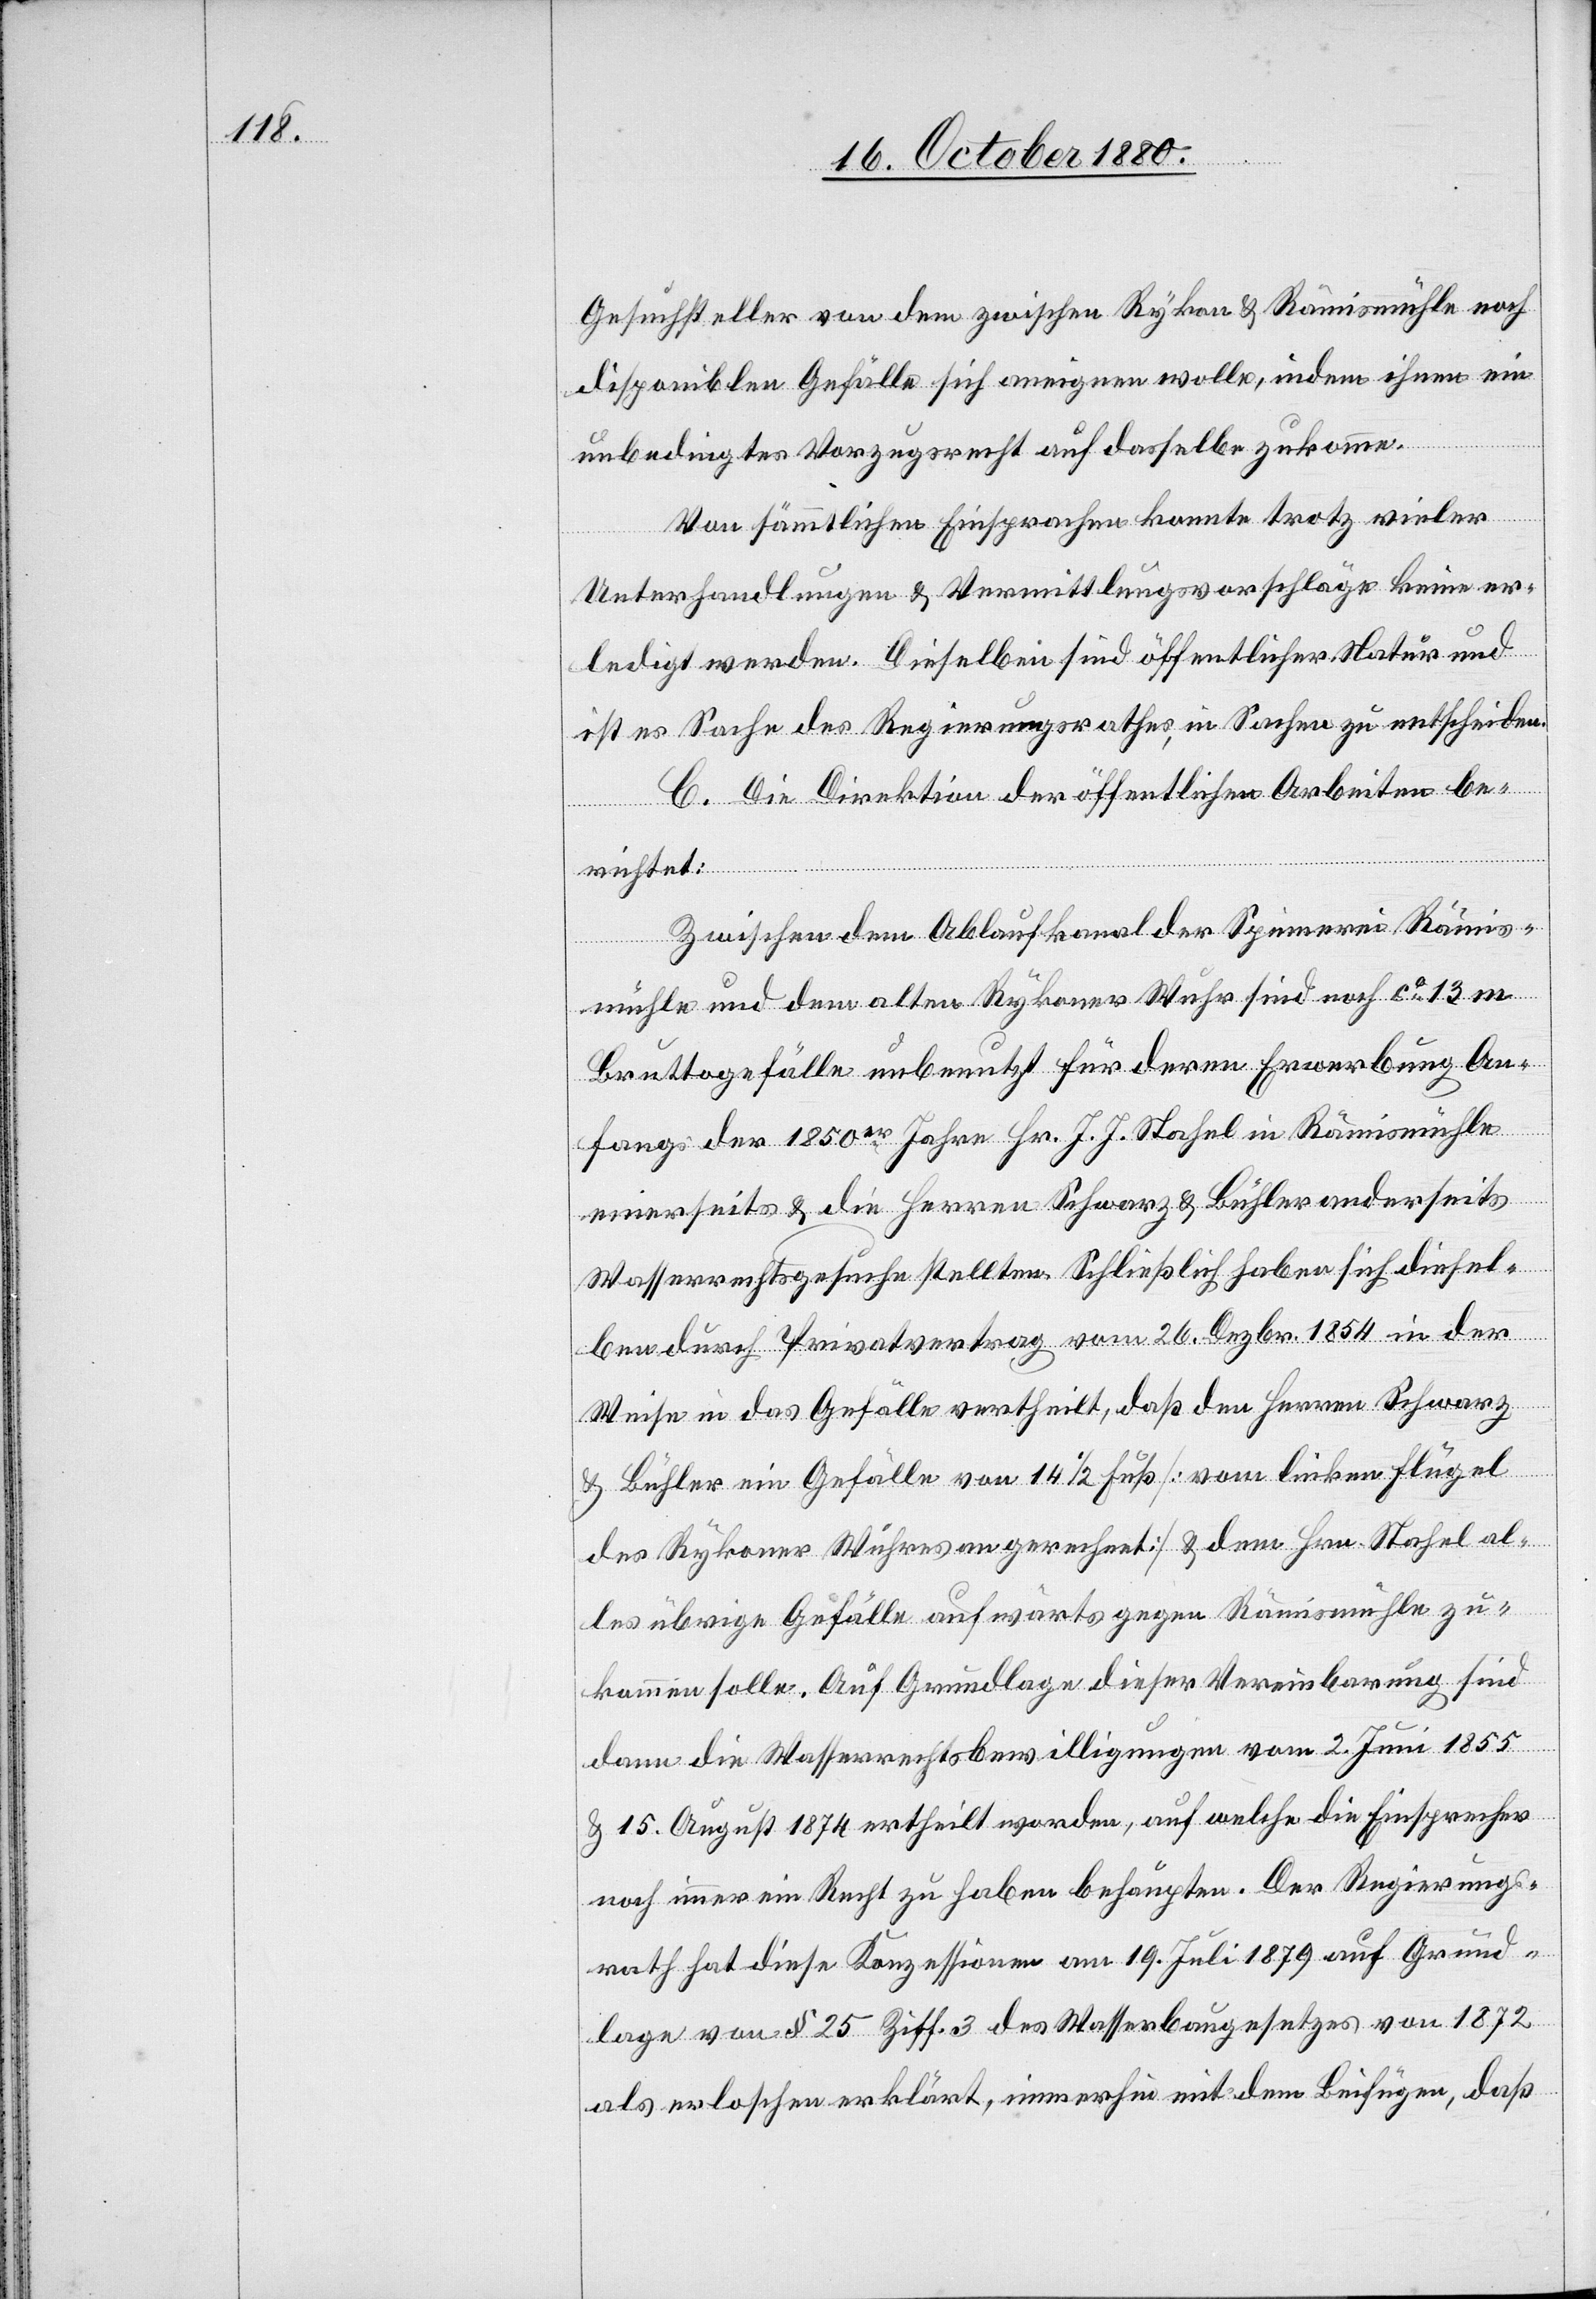
Gesuchsteller von dem zwischen Rykon & Rämismühle noch
disponiblen Gefälle sich aneignen wolle, indem ihnen ein
unbedingtes Vorzugsrecht auf dasselbe zukomme.
Von sämmtlichen Einsprachen konnte trotz vieler
Unterhandlungen & Vermittlungsvorschläge keine er¬
ledigt werden. Dieselben sind öffentlicher Natur und
ist es Sache des Regierungsrathes, in Sachen zu entscheiden.
C. Die Direktion der öffentlichen Arbeiten be¬
richtet:
Zwischen dem Ablaufkanal der Spinnerei Rämis¬
mühle und dem alten Rykoner Wuhr sind noch ca 13 m
Bruttogefälle unbenutzt für deren Erwerbung An¬
fangs der 1850er Jahre Hr. J. J. Stahel in Rämismühle
einerseits & die Herren Schwarz & Bühler anderseits
Wasserrechtsgesuche stellten. Schließlich haben sich diesel¬
ben durch Privatvertrag vom 26. Dezbr. 1854 in der
Weise in das Gefälle vertheilt, daß den Herren Schwarz&
Bühler ein Gefälle von 14 1/2 Fuß [vom linken Flügel
des Rykoner Wuhres an gerechnet] & dem Hrn. Stahel al¬
les übrige Gefälle aufwärts gegen Rämismühle zu¬
kommen solle. Auf Grundlage dieser Vereinbarung sind
dann die Wasserrechtsbewilligungen vom 2. Juni 1855
& 15. August 1874 ertheilt worden, auf welche die Einsprecher
noch immer ein Recht zu haben behaupten. Der Regierungs¬
rath hat diese Konzessionen am 19. Juli 1879 auf Grund¬
lage von § 25 Ziff. 3 des Wasserbaugesetzes von 1872
als erloschen erklärt, immerhin mit dem Beifügen, daß